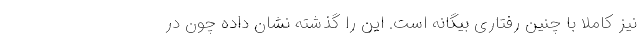
نیز کاملاً با چنین رفتاری بیگانه است. این را گذشته نشان داده چون در